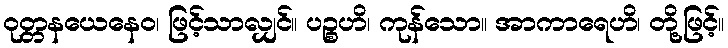
ဝုတ္တနယေနေဝ၊ ဖြင့်သာလျှင်။ ပဉ္စဟိ၊ ကုန်သော။ အာကာရေဟိ၊ တို့ဖြင့်။